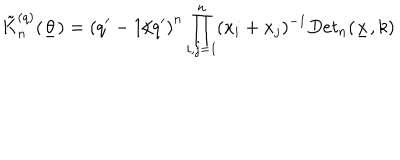
LaTeX: \tilde { K } _ { n } ^ { ( q ) } ( \underline { { { \theta } } } ) = \left( q ^ { \prime } - 1 / q ^ { \prime } \right) ^ { n } \prod _ { i , j = 1 } ^ { n } ( x _ { i } + x _ { j } ) ^ { - 1 } D e t _ { n } ( \underline { { { x } } } , k )